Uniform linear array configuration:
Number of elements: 4
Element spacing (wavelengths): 0.25
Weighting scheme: uniform
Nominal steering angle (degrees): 45
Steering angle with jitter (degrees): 46.714
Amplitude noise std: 0.05
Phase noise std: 0.05

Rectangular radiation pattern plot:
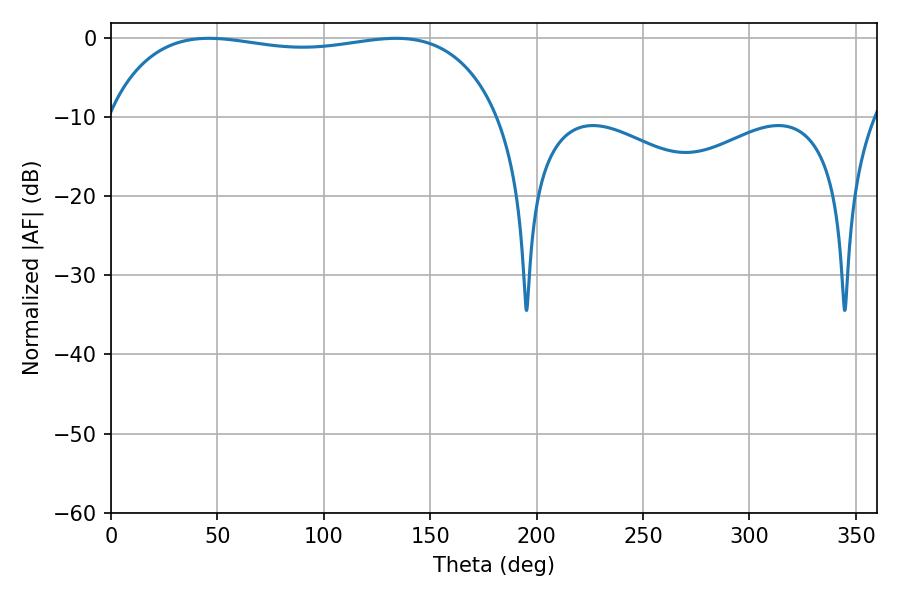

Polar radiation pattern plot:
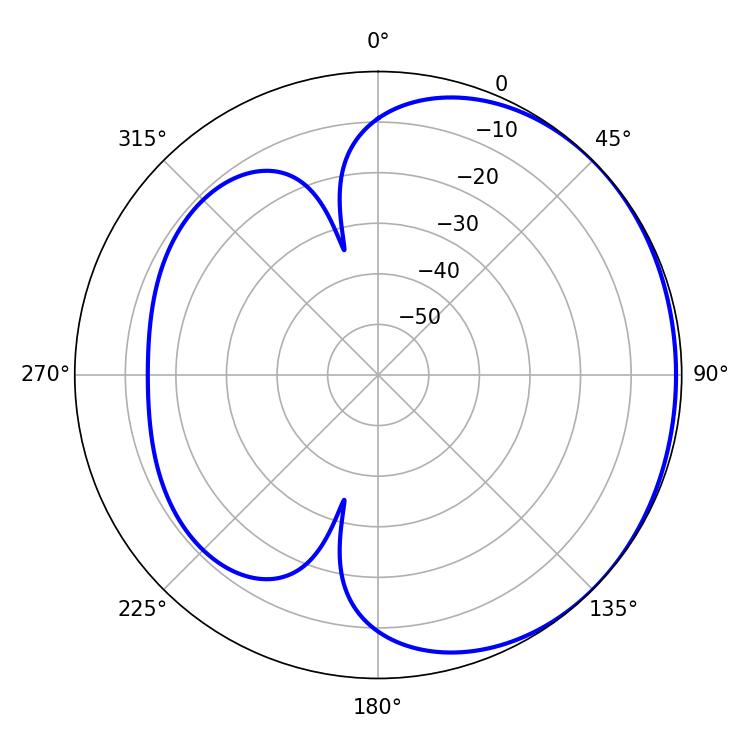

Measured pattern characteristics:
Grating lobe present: FALSE
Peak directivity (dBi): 0.9774
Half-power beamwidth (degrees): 148.32
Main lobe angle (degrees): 46.08